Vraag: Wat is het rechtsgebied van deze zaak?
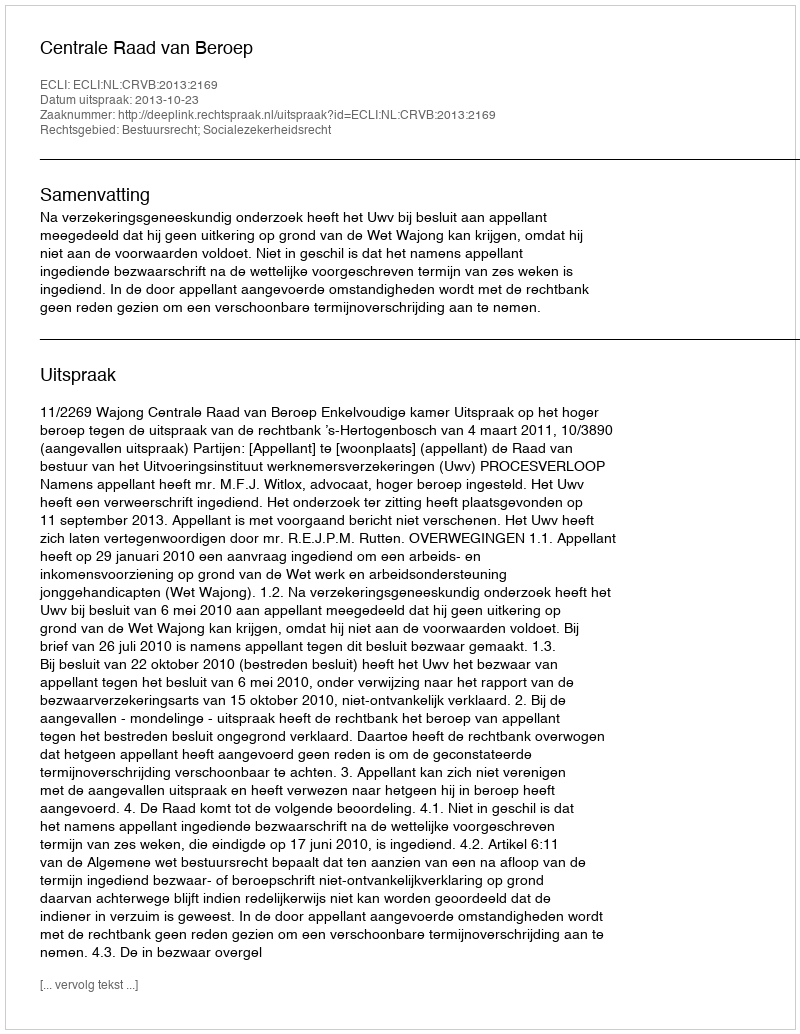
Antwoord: Bestuursrecht; Socialezekerheidsrecht